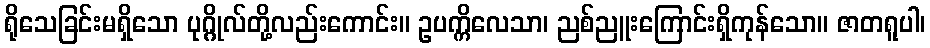
ရိုသေခြင်းမရှိသော ပုဂ္ဂိုလ်တို့လည်းကောင်း။ ဥပက္ကိလေသာ၊ ညစ်ညူးကြောင်းရှိကုန်သော။ ဇာတရူပါ၊